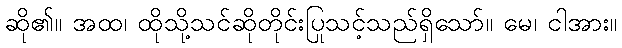
ဆို၏။ အထ၊ ထိုသို့သင်ဆိုတိုင်းပြုသင့်သည်ရှိသော်။ မေ၊ ငါအား။